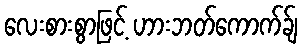
လေးစားစွာဖြင့် ဟားဘတ်ကောက်ခ်ျ